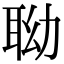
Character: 聈